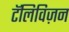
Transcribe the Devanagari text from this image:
टॅलिविज़न